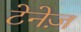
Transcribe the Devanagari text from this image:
टेनेज़